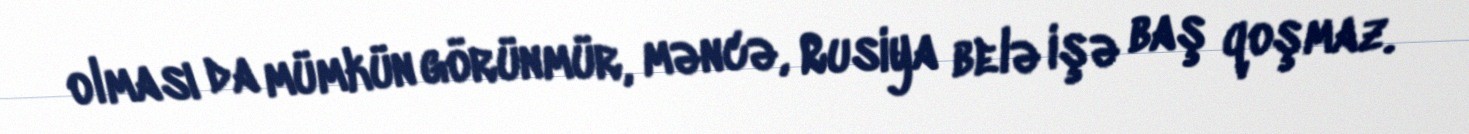
olması da mümkün görünmür, məncə, Rusiya belə işə baş qoşmaz.